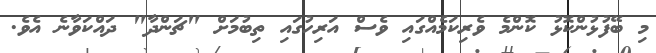
މި ބޭފުޅުންކޮޅު ކޮންމެ ވެރިކަމެއްގައި ވެސް އަރިހުގައި ތިބުމަށް "ޗަންދާ" ދައްކަވާނެ އެވެ.